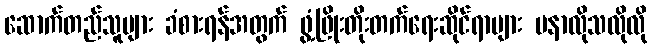
ဆောက်တည်သူများ ခံစားရန်အတွက် ဖွံ့ဖြိုးတိုးတက်ရေးဆိုင်ရာများ မနာလိုသလိုလို